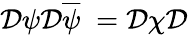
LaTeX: \mathcal{D}\psi\mathcal{D}\overline{{{\psi}}}\; =\mathcal{D}\chi\mathcal{D}